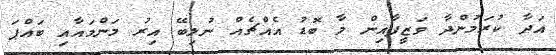
އަދާ ކުރަމުންދާ ވަޒީފާއިން މާ ބޮޑު އެއްޗެއް ނުލިބޭ އިރު މަންމައާއި ބައްޕަ